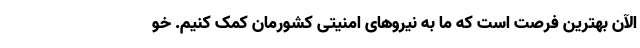
الآن بهترین فرصت است که ما به نیروهای امنیتی کشورمان کمک کنیم. خو